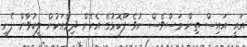
އައީ އައިސް ތިން މަސްވެސް ނުވެ ފޫކޮޅުގެ އެހެން ދިމާއަކުން ލީކުވާން ފެށީ